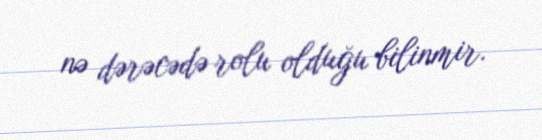
nə dərəcədə rolu olduğu bilinmir.